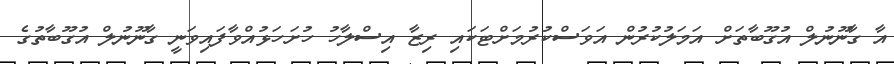
އާ ގާނޫނުލް އުގޫބާތަށް އަމަލުކުރުން އަވަސްކުރުމަށްޓަކައި ރިޒާ އިސްލާހު ހުށަހަޅުއްވާފައިވަނީ ގާނޫނުލް އުގޫބާތުގެ